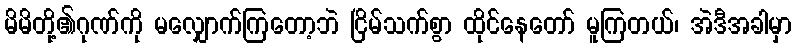
မိမိတို့၏ဂုဏ်ကို မလျှောက်ကြတော့ဘဲ ငြိမ်သက်စွာ ထိုင်နေတော် မူကြတယ်၊ အဲဒီအခါမှာ